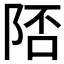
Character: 𨹭